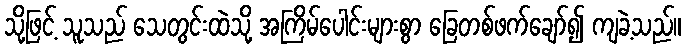
သို့ဖြင့် သူသည် သေတွင်းထဲသို့ အကြိမ်ပေါင်းများစွာ ခြေတစ်ဖက်ချော်၍ ကျခဲ့သည်။